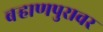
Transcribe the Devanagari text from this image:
बऱ्हाणपुरावर